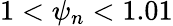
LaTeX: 1<\psi_{n}<1.01